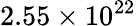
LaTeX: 2.55\times 10^{22}